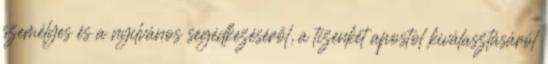
személyes és a nyilvános segédkezéséről, a tizenkét apostol kiválasztásáról